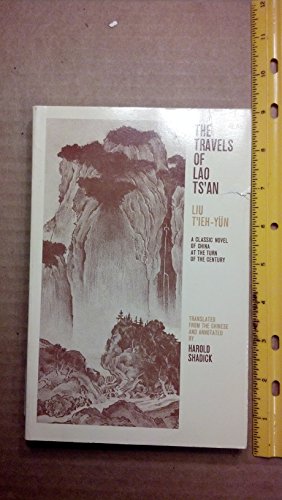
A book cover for Travels of Lao Ts'an; Liu T'ieh-Yun; Travel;